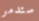
ستدمر